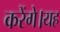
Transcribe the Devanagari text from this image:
करेंगे।यह